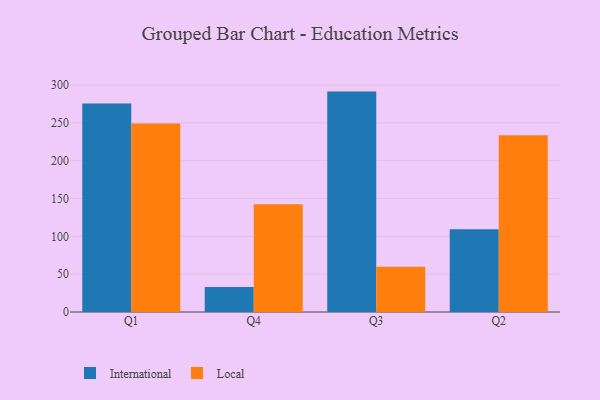
{"axis": {"x": "Quarter", "y": "Gross Profit (USD K)"}, "legend": ["International", "Local"], "data": [{"x": "Q1", "y": 275.6, "type": "International"}, {"x": "Q1", "y": 249.1, "type": "Local"}, {"x": "Q4", "y": 33.0, "type": "International"}, {"x": "Q4", "y": 142.5, "type": "Local"}, {"x": "Q3", "y": 291.3, "type": "International"}, {"x": "Q3", "y": 59.7, "type": "Local"}, {"x": "Q2", "y": 109.4, "type": "International"}, {"x": "Q2", "y": 233.6, "type": "Local"}]}